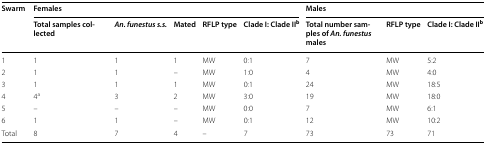
| <ROWSPAN=2> Swarm | <COLSPAN=5> Females | <COLSPAN=3> Males |
 | Total samples collected | An. funestus s.s. | Mated | RFLP type | Clade I: Clade IIb | Total number samples of An. funestus males | RFLP type | Clade I: Clade IIb |
 | --- | --- | --- | --- | --- | --- | --- | --- | --- |
 | 1 | 1 | 1 | 1 | MW | 0:1 | 7 | MW | 5:2 |
 | 2 | 1 | 1 | – | MW | 1:0 | 4 | MW | 4:0 |
 | 3 | 1 | 1 | 1 | MW | 0:1 | 24 | MW | 18:5 |
 | 4 | 4a | 3 | 2 | MW | 3:0 | 19 | MW | 18:0 |
 | 5 | – | – | – | MW | 0:0 | 7 | MW | 6:1 |
 | 6 | 1 | 1 | – | MW | 0:1 | 12 | MW | 10:2 |
 | Total | 8 | 7 | 4 | – | 7 | 73 | 73 | 71 |